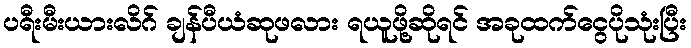
ပရီးမီးယားလိဂ် ချန်ပီယံဆုဖလား ရယူဖို့ဆိုရင် အခုထက်ငွေပိုသုံးပြီး